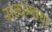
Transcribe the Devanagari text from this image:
सत्धम्माचा